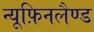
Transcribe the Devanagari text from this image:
न्यूफ़िनलैण्ड